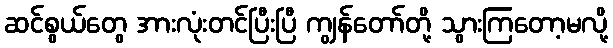
ဆင်စွယ်တွေ အားလုံးတင်ပြီးပြီ ကျွန်တော်တို့ သွားကြတော့မလို့